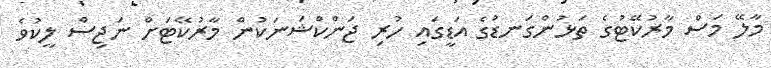
މާލޭ މަސް މާރުކޭޓުގެ ތަޅުންގަނޑުގެ އަޑީގައި ހުރި ޖަންކްޝަނަކުން މާރުކޭޓަށް ނަޖިސް ލީކުވެ